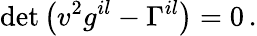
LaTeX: \operatorname*{d\mathrm{e}t}\left(v^{2}g^{il}-\Gamma^{il}\right)=0\, .